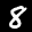
Label: 8